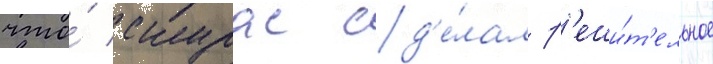
что́ скурас сд'е́лал р'еши́т'ельное